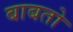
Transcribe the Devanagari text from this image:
बाबतो